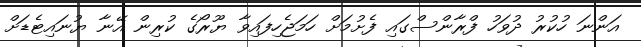
އަންނަ ހުކުރު ދުވަހު ފްރާންސްގައި ފެށުމަށް ހަމަޖެހިފައިވާ ޔޫރޯގެ ކުރިން އޭނާ ޔުނައިޓެޑަށް